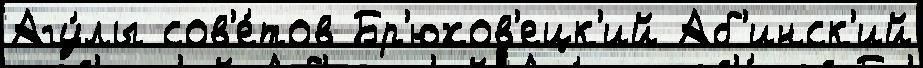
Агу́лы сов'е́тов Бр'юхов'ецк'ий Аб'инск'ий